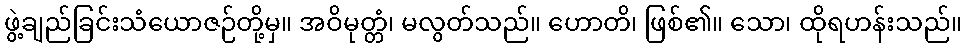
ဖွဲ့ချည်ခြင်းသံယောဇဉ်တို့မှ။ အဝိမုတ္တံ၊ မလွတ်သည်။ ဟောတိ၊ ဖြစ်၏။ သော၊ ထိုရဟန်းသည်။